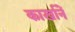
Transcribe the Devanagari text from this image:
कार्खानें